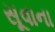
સૂવાના